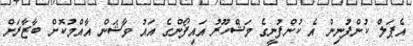
އެޕަލް ކުންފުނިން އެ ކުންފުނީގެ މަޝްހޫރު އައިފޯންގެ އައު ވާޝަން އާއްމުކޮށް ބާޒާރަށް